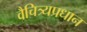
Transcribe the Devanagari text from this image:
वैचित्र्यप्रधान